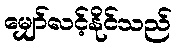
မျှော်လင့်နိုင်သည်